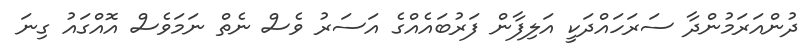
ދުންއަރަމުންދާ ސަރަހައްދަކީ އަލިފާން ފަރުބައެއްގެ އަސަރު ވެސް ނެތް ނަމަވެސް އޮއްގައު ގިނަ